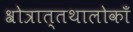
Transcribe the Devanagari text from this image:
श्रोत्रात्तथालोकाँ